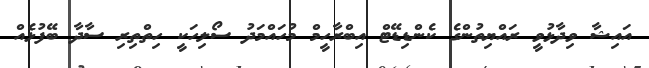
އައިޝާ ވިދާޅުވީ ރައްޔިތުންގެ ކެންޑިޑޭޓް އިބްރާހީމް މުހައްމަދު ސޯލިހަކީ ހިތްތިރި ސާދާ ބޭފުޅެއް